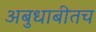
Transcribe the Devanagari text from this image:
अबुधाबीतच